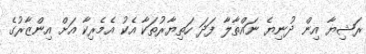
ރަޝިޔާ އިން ދުނިޔެ ނައްތާލާ ފަދަ ހަތިޔާރުތަކާ އެކު އެމެރިކާ އަށް އިންޒާރުގެ